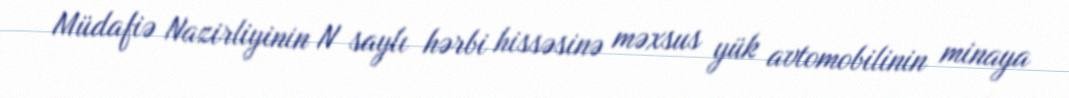
Müdafiə Nazirliyinin N saylı hərbi hissəsinə məxsus yük avtomobilinin minaya